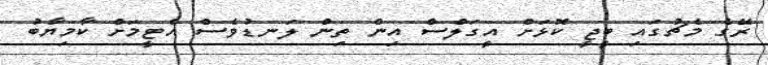
ރޭގެ މެޗުގައި ބީޖީ ކޮޅަށް އީގަލްސް އިން ތިން ލަނޑުވެސް އެޓީމަށް ކާމިޔާބު